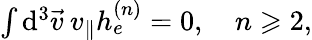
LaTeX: \begin{array}{r}{\int\mathrm{d}^{3}\vec{v}\: v_{\parallel}h_{e}^{(n)}=0,\quad n\geqslant 2,}\end{array}